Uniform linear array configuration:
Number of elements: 16
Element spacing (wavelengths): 0.5
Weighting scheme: uniform
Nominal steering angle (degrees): -45
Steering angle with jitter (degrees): -45.836
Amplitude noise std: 0.05
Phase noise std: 0.05

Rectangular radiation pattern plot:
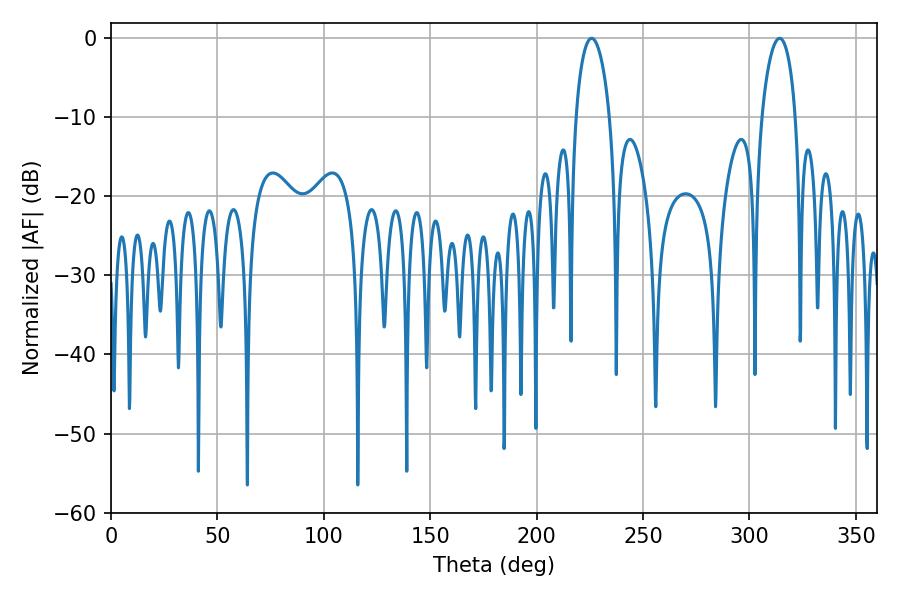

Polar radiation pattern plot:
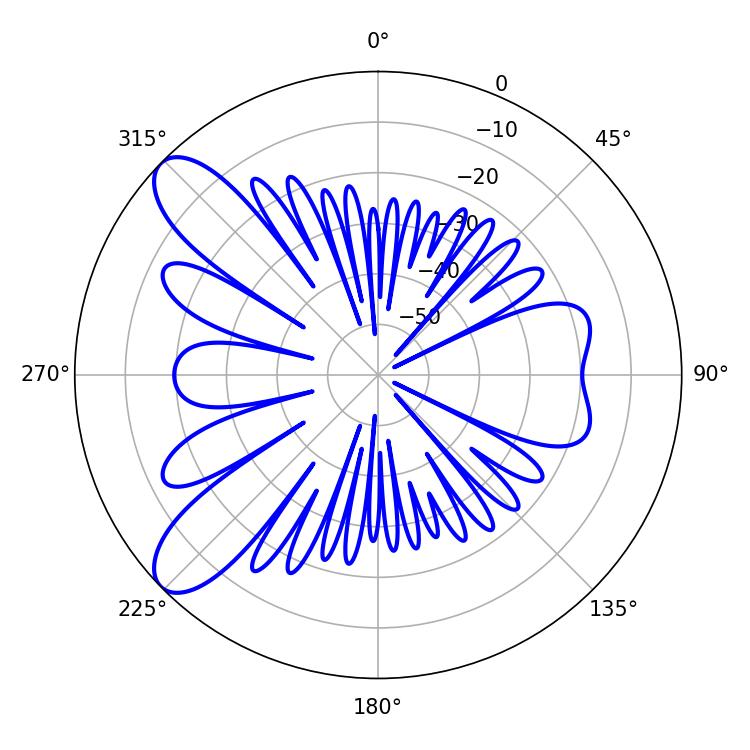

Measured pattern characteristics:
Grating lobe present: FALSE
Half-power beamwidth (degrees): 9.18
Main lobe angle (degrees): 225.9